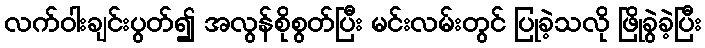
လက်ဝါးချင်းပွတ်၍ အလွန်စိုစွတ်ပြီး မင်းလမ်းတွင် ပြုခဲ့သလို ဖြိုခွဲခဲ့ပြီး